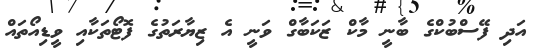
އަދި ފޭސްބުކްގެ ބާނީ މާކް ޒަކަބާގް ވަނީ އެ ޒިޔާރަތުގެ ފޮޓޯތަކާއި ވީޑިއޯތައް